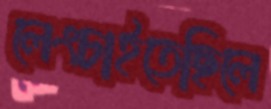
লেংচাইতেছিলে